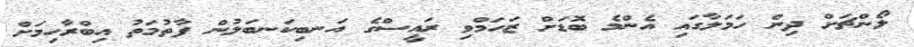
ލޯންޗަށް ދިން ހަމަލާގައި އެންމެ ބޮޑަށް ޒަހަމްވި ރައީސްގެ އަނބިކަނބަލުން ފާތުމަތު އިބްރާހިމަށް